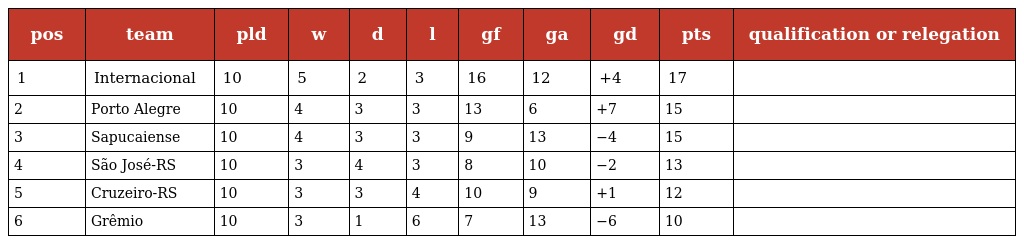
| pos | team | pld | w | d | l | gf | ga | gd | pts | qualification or relegation |
 | --- | --- | --- | --- | --- | --- | --- | --- | --- | --- | --- |
 | 1 | Internacional | 10 | 5 | 2 | 3 | 16 | 12 | +4 | 17 |  |
 | 2 | Porto Alegre | 10 | 4 | 3 | 3 | 13 | 6 | +7 | 15 |  |
 | 3 | Sapucaiense | 10 | 4 | 3 | 3 | 9 | 13 | −4 | 15 |  |
 | 4 | São José-RS | 10 | 3 | 4 | 3 | 8 | 10 | −2 | 13 |  |
 | 5 | Cruzeiro-RS | 10 | 3 | 3 | 4 | 10 | 9 | +1 | 12 |  |
 | 6 | Grêmio | 10 | 3 | 1 | 6 | 7 | 13 | −6 | 10 |  |